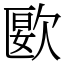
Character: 㰽